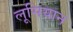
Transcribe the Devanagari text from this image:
लूसियान